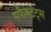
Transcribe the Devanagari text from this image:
सर्फैक्टेंट्स